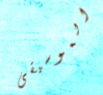
الموسيقى